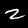
Digit: 2